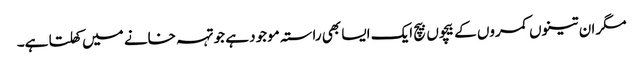
مگر ان تینوں کمروں کے بیچوں بیچ ایک ایسا بھی راستہ موجود ہے جو تہہ خانے میں کھلتا ہے۔